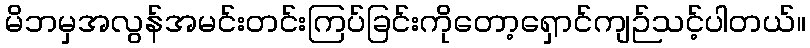
မိဘမှအလွန်အမင်းတင်းကြပ်ခြင်းကိုတော့ရှောင်ကျဉ်သင့်ပါတယ်။